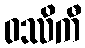
ဝဿိကီ